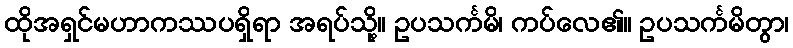
ထိုအရှင်မဟာကဿပရှိရာ အရပ်သို့။ ဥပသင်္ကမိ၊ ကပ်လေ၏။ ဥပသင်္ကမိတွာ၊